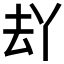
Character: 𱑣